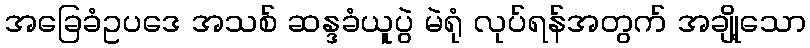
အခြေခံဥပဒေ အသစ် ဆန္ဒခံယူပွဲ မဲရုံ လုပ်ရန်အတွက် အချို့သော